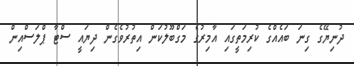
ދުނިޔޭގެ ގިނަ ބައެއްގެ ކުރިމަތީގައި އާމިރުގެ މަގްބޫލުކަން އިތުރުވެގެން ދިޔައީ ސްޓާ ޕްލަސްއިން